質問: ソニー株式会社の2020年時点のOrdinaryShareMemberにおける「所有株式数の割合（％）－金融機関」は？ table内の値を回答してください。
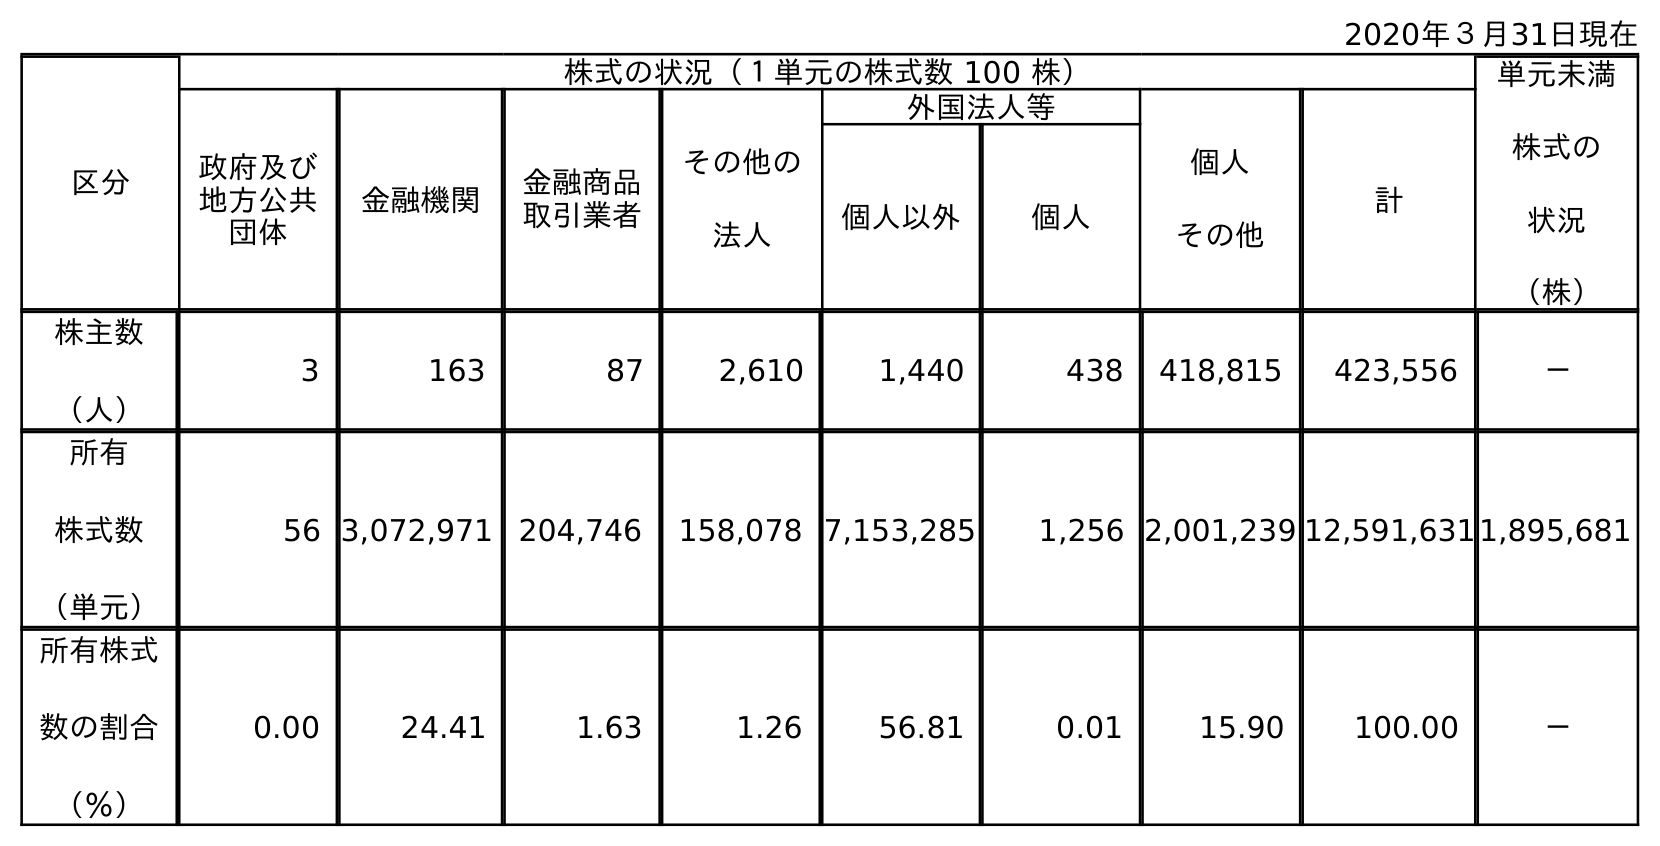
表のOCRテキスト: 2020年３月31日現在 区分 株式の状況（１単元の株式数 100 株） 単元未満 株式の 状況 （株） 政府及び 地方公共 団体 金融機関 金融商品 取引業者 その他の 法人 外国法人等 個人 その他 計 個人以外 個人 株主数 （人） 3 163 87 2,610 1,440 438 418,815 423,556 － 所有 株式数 （単元） 56 3,072,971 204,746 158,078 7,153,285 1,256 2,001,239 12,591,6311,895,681 所有株式 数の割合 （％） 0.00 24.41 1.63 1.26 56.81 0.01 15.90 100.00 －
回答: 24.41